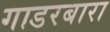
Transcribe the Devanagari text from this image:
गाडरबारा